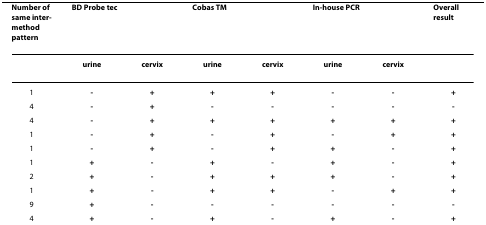
<table><thead><tr><td><b>Number of same inter-method pattern</b></td><td colspan="2"><b>BD Probe tec</b></td><td colspan="2"><b>Cobas TM</b></td><td colspan="2"><b>In-house PCR</b></td><td><b>Overall result</b></td></tr></thead><tbody><tr><td></td><td><b>urine</b></td><td><b>cervix</b></td><td><b>urine</b></td><td><b>cervix</b></td><td><b>urine</b></td><td><b>cervix</b></td><td></td></tr><tr><td>1</td><td><b>-</b></td><td><b>+</b></td><td><b>+</b></td><td><b>+</b></td><td><b>-</b></td><td><b>-</b></td><td><b>+</b></td></tr><tr><td>4</td><td><b>-</b></td><td><b>+</b></td><td><b>-</b></td><td><b>-</b></td><td><b>-</b></td><td><b>-</b></td><td><b>-</b></td></tr><tr><td>4</td><td><b>-</b></td><td><b>+</b></td><td><b>+</b></td><td><b>+</b></td><td><b>+</b></td><td><b>+</b></td><td><b>+</b></td></tr><tr><td>1</td><td><b>-</b></td><td><b>+</b></td><td><b>-</b></td><td><b>+</b></td><td><b>-</b></td><td><b>+</b></td><td><b>+</b></td></tr><tr><td>1</td><td><b>-</b></td><td><b>+</b></td><td><b>-</b></td><td><b>+</b></td><td><b>+</b></td><td><b>-</b></td><td><b>+</b></td></tr><tr><td>1</td><td><b>+</b></td><td><b>-</b></td><td><b>+</b></td><td><b>-</b></td><td><b>+</b></td><td><b>-</b></td><td><b>+</b></td></tr><tr><td>2</td><td><b>+</b></td><td><b>-</b></td><td><b>+</b></td><td><b>+</b></td><td><b>+</b></td><td><b>-</b></td><td><b>+</b></td></tr><tr><td>1</td><td><b>+</b></td><td><b>-</b></td><td><b>+</b></td><td><b>+</b></td><td><b>-</b></td><td><b>+</b></td><td><b>+</b></td></tr><tr><td>9</td><td><b>+</b></td><td><b>-</b></td><td><b>-</b></td><td><b>-</b></td><td><b>-</b></td><td><b>-</b></td><td><b>-</b></td></tr><tr><td>4</td><td><b>+</b></td><td><b>-</b></td><td><b>+</b></td><td><b>-</b></td><td><b>+</b></td><td><b>-</b></td><td><b>+</b></td></tr></tbody></table>